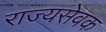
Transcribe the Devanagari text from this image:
राज्यसेवक